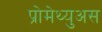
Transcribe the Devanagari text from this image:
प्रोमेथ्युअस